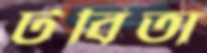
টবিতা